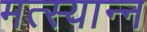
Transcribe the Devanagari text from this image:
मत्स्यान्न